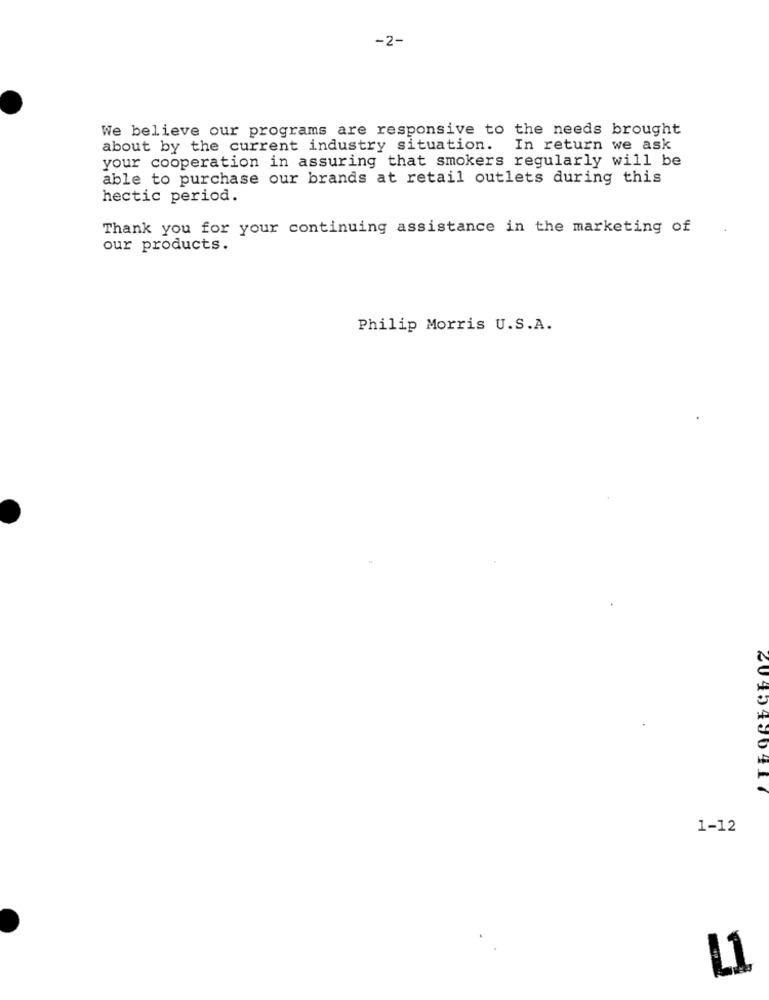
-2-
We believe our programs are responsive to the needs brought
about by the current industry situation. In return we ask
your cooperation in assuring that smokers regularly will be
able to purchase our brands at retail outlets during this
hectic period.
Thank you for your continuing assistance in the marketing of
our products.
Philip Morris U.S.A.
2045490417
1-12
L1